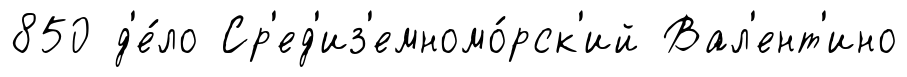
850 д'е́ло Ср'ед'из'емномо́рск'ий Вал'ент'ино